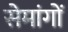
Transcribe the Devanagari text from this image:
सेमांगों